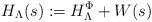
LaTeX: \begin{align*} H_\Lambda(s):= H_\Lambda^{\Phi} + W(s)\end{align*}